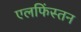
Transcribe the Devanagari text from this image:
एलफिंस्तन